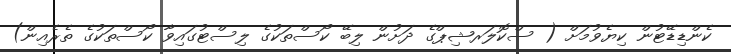
ކެންޑިޑޭޓުން ކިޔެވުމަށް ( ސްކޮލަރޝިޕްގެ ދަށުން ލިބޭ ކޯސްތަކުގެ ލިސްޓުގައިވާ ކޯސްތަކުގެ ތެރެއިން)